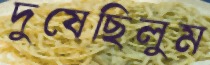
দুষেছিলুম